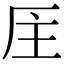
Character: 𠩈